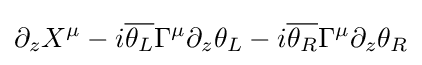
\partial _{z}X^{\mu }-i{\overline {\theta _{L}}}\Gamma ^{\mu }\partial _{z}\theta _{L}-i{\overline {\theta _{R}}}\Gamma ^{\mu }\partial _{z}\theta _{R}